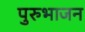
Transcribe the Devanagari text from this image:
पुरुभाजन